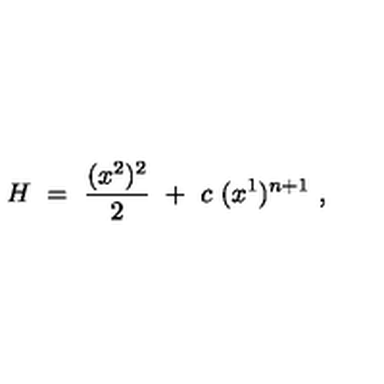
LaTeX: H \ = \ \frac { ( x ^ { 2 } ) ^ { 2 } } { 2 } \ + \ c \ ( x ^ { 1 } ) ^ { n + 1 } \ ,